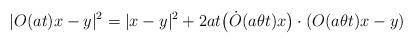
LaTeX: \begin{align*}|O(at)x-y|^2=|x-y|^2+2at\big(\dot{O}(a\theta t)x\big)\cdot\left(O(a\theta t)x-y\right)\end{align*}